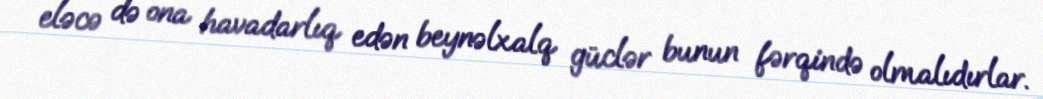
eləcə də ona havadarlıq edən beynəlxalq güclər bunun fərqində olmalıdırlar.